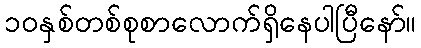
၁၀နှစ်တစ်စုစာလောက်ရှိနေပါပြီနော်။